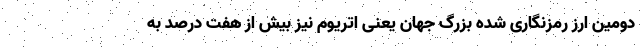
دومین ارز رمزنگاری شده بزرگ جهان یعنی اتریوم نیز بیش از هفت درصد به